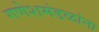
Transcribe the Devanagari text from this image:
गणेशमंडळांना